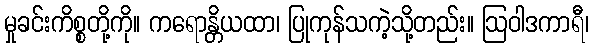
မှုခင်းကိစ္စတို့ကို။ ကရောန္တိယထာ၊ ပြုကုန်သကဲ့သို့တည်း။ ဩဝါဒကာရီ၊